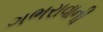
ગભરાવાની